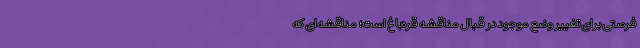
فرصتی برای تغییر وضع موجود در قبال مناقشه قره‌باغ است؛ مناقشه‌ای که